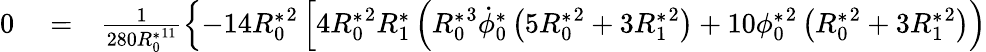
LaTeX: \begin{array}{rlr}{0}&{{}=}&{\frac{1}{280{R_{0}^{*}}^{11}}\left\{ -14{R_{0}^{*}}^{2}\left[4{R_{0}^{*}}^{2}{R_{1}^{*}}\left({R_{0}^{*}}^{3}\dot{\phi}_{0}^{*}\left(5{R_{0}^{*}}^{2}+3{R_{1}^{*}}^{2}\right)+10{\phi_{0}^{*}}^{2}\left({R_{0}^{*}}^{2}+3{R_{1}^{*}}^{2}\right)\right)\right.\right.}\end{array}